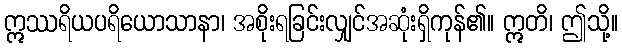
ဣဿရိယပရိယောသာနာ၊ အစိုးရခြင်းလျှင်အဆုံးရှိကုန်၏။ ဣတိ၊ ဤသို့။